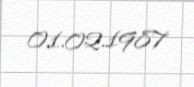
01.02.1987